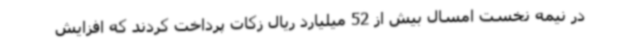
در نیمه نخست امسال بیش از 52 میلیارد ریال زکات پرداخت کردند که افزایش